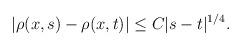
LaTeX: \begin{align*}|\rho(x,s)-\rho(x,t)|\leq C|s-t|^{1/4}.\end{align*}